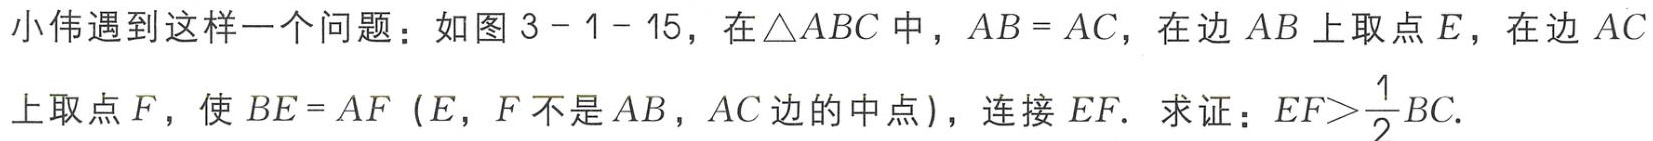
小伟遇到这样一个问题：如图 3 - 1 - 15，在\(\triangle ABC\)中，\(AB = AC\)，在边\(AB\)上取点\(E\)，在边\(AC\)上取点\(F\)，使\(BE = AF\)（\(E\)，\(F\)不是\(AB\)，\(AC\)边的中点），连接\(EF\). 求证：\(EF>\frac{1}{2}BC\).